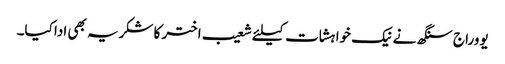
یووراج سنگھ نے نیک خواہشات کیلئے شعیب اختر کا شکریہ بھی ادا کیا۔